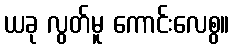
ယခု လွတ်မူ ကောင်းလေစွ။